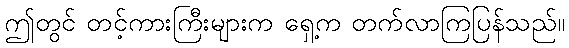
ဤတွင် တင့်ကားကြီးများက ရှေ့က တက်လာကြပြန်သည်။